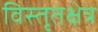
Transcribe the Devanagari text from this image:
विस्तृतक्षेत्र